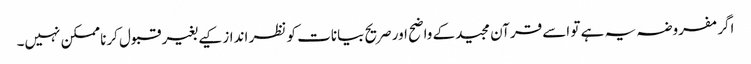
اگر مفروضہ یہ ہے تو اسے قرآن مجیدکے واضح اور صریح بیانات کو نظر انداز کیے بغیر قبول کرنا ممکن نہیں۔